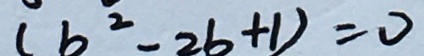
( b ^ { 2 } - 2 b + 1 ) = 0